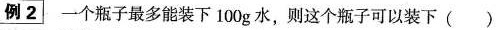
例2 一个瓶子最多能装下100g水，则这个瓶子可以装下 ()